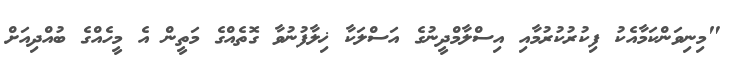
"މިނިވަންކަމާއެކު ފިކުރުކުރުމާއި އިސްލާމްދީނުގެ އަސްލަކާ ޚިލާފުނުވާ ގޮތެއްގެ މަތީން އެ މީހެއްގެ ބުއްދިއަށް